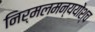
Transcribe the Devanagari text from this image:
निर्मलमन्ययोश्च